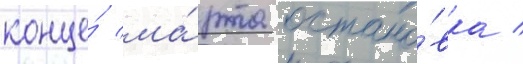
конце́ ма́рта остано́вка /